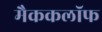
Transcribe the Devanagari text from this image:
मैककलॉफ